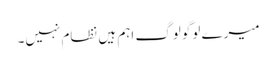
میرے لوگو لوگ اہم ہیں نظام نہیں۔